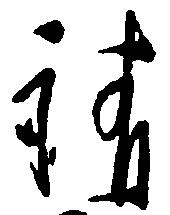
請